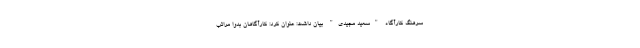
سرهنگ کارآگاه "سعید مجیدی" بیان داشت: عنوان کرد: کارآگاهان بدواً مراتب